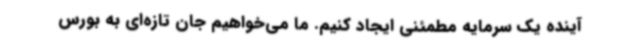
آینده یک سرمایه مطمئنی ایجاد کنیم. ما می‌خواهیم جان تازه‌ای به بورس